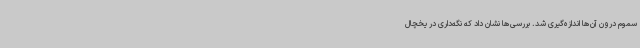
سموم درون آن‌ها اندازه‌گیری شد. بررسی‌ها نشان داد که نگه‌داری در یخچال